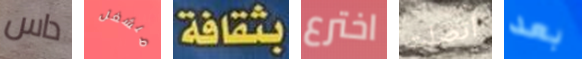
داس منشغل بثقافة اخترع أتصلت بعد